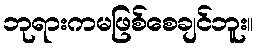
ဘုရားကမဖြစ်စေချင်ဘူး။